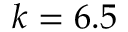
k = 6 . 5